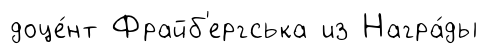
доце́нт Фрайб'ергська из Награ́ды